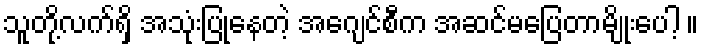
သူတို့လက်ရှိ အသုံးပြုနေတဲ့ အေဂျင်စီက အဆင်မပြေတာမျိုးပေါ့ ။